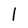
Character: l